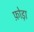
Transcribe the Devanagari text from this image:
फ़ोड़ा